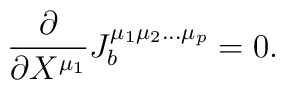
\frac{\partial}{\partial X^{\mu_1}}	J_{b}^{\mu_{1}\mu_{2}\ldots\mu_{p}} = 0.